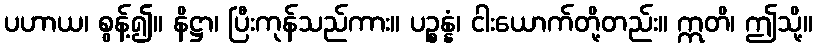
ပဟာယ၊ စွန့်၍။ နိဋ္ဌာ၊ ပြီးကုန်သည်ကား။ ပဉ္စန္နံ၊ ငါးယောက်တို့တည်း။ ဣတိ၊ ဤသို့။